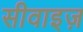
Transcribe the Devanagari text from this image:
सीवाइज़